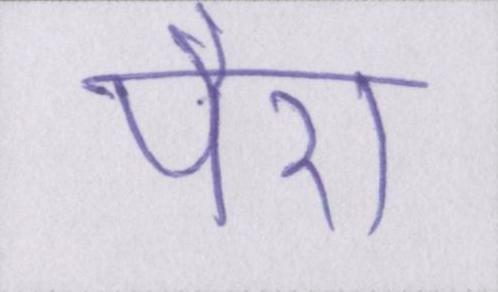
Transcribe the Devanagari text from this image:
पैरा